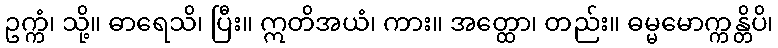
ဥက္ကံ၊ သို့။ ဓာရေသိ၊ ပြီး။ ဣတိအယံ၊ ကား။ အတ္ထော၊ တည်း။ ဓမ္မမောက္ကန္တိပိ၊